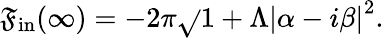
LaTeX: {\cal\mathfrak{F}}_{\mathrm{{in}}}(\infty)=-2\pi\sqrt{}{{1+\Lambda}}\left\vert\alpha-i\beta\right\vert^{2}.